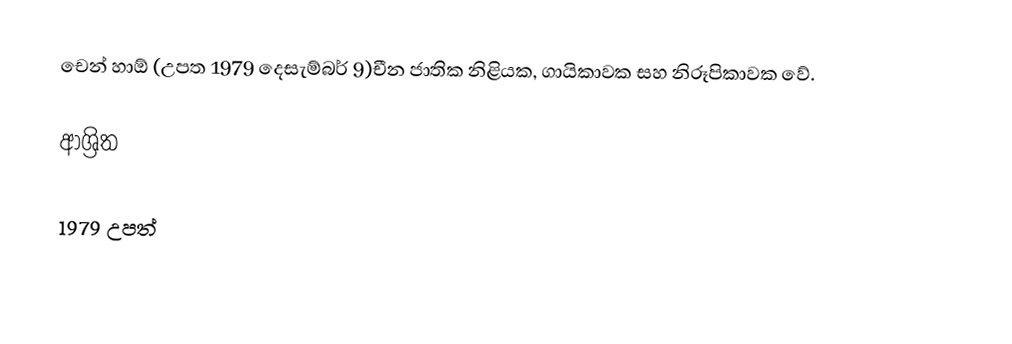
චෙන් හාඕ (උපත 1979 දෙසැම්බර් 9)චීන ජාතික නිළියක, ගායිකාවක සහ නිරූපිකාවක වේ.

ආශ්‍රිත

1979 උපත්